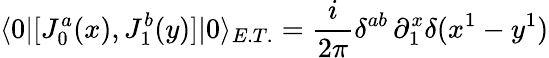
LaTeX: \langle 0|[J_{0}^{a}(x),J_{1}^{b}(y)]|0\rangle_{E.T.}=\frac{i}{2\pi}\delta^{ab}\, \partial_{1}^{x}\delta(x^{1}-y^{1})